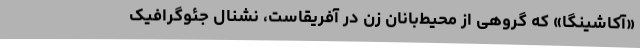
«آکاشینگا» که گروهی از محیط‌بانانِ زن در آفریقاست، نشنال جئوگرافیک